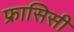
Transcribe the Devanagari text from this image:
फ्रासिसी